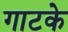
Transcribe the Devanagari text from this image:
गाटके